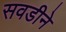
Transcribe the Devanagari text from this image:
सवडीने